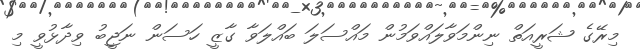
މިރޭގެ ޝަރީއަތް ނިންމަވާލައްވަމުން މައްސަލަ ބައްލަވާ ގާޒީ ހަސަން ނަޖީބު ވިދާޅުވީ މި